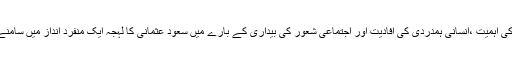
زندگی کی اہمیت ،انسانی ہمدردی کی افادیت اور اجتماعی شعور کی بیداری کے بارے میں سعود عثمانی کا لہجہ ایک منفرد انداز میں سامنے آیاہے۔